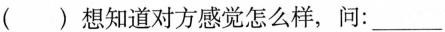
( )想知道对方感觉怎么样，问：